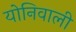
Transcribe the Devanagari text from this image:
योनिवाली